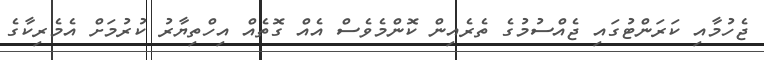
ޖެހުމާއި ކަރަންޓުގައި ޖެއްސުމުގެ ތެރެއިން ކޮންމެވެސް އެއް ގޮތެއް އިހްތިޔާރު ކުރުމަށް އެމެރިކާގެ